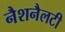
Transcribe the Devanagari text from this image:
नैशनैलटी